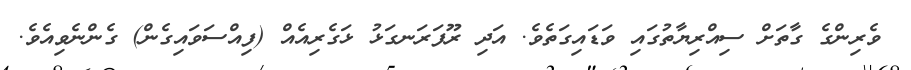
ވެރިންގެ ގާތަށް ސިއްރިޔާތުގައި ވަޑައިގަތެވެ. އަދި ރޫފަރަނގަޅު ޅަގެރިއެއް (ފިއްސަވައިގެން) ގެންނެވިއެވެ.